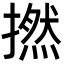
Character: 撚